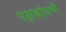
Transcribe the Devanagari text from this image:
पक्षबांधणी